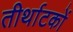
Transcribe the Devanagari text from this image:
तीर्थाटकों